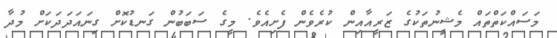
މަސައްކަތްތައް މެޝީނުތަކުގެ ޒަރީއާއިން ކުރެވެން ފެށިއެވެ. މީގެ ސަބަބުން ގަނޑުކޮށް ގިނައަދަދަކަށް މުދާ